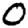
Digit: 0